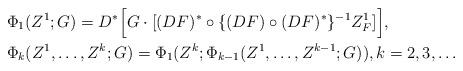
LaTeX: \begin{align*} & \Phi_1(Z^1;G) =D^*\Bigl[ G \cdot [ (DF)^* \circ \{(DF) \circ (DF)^*\}^{-1} Z_F^1 ] \Bigr], \\ & \Phi_k(Z^1,\dots,Z^k;G) =\Phi_1(Z^k;\Phi_{k-1}(Z^1,\dots,Z^{k-1};G)), k=2,3,\dots\end{align*}